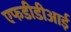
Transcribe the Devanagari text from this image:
एफडीडीआई